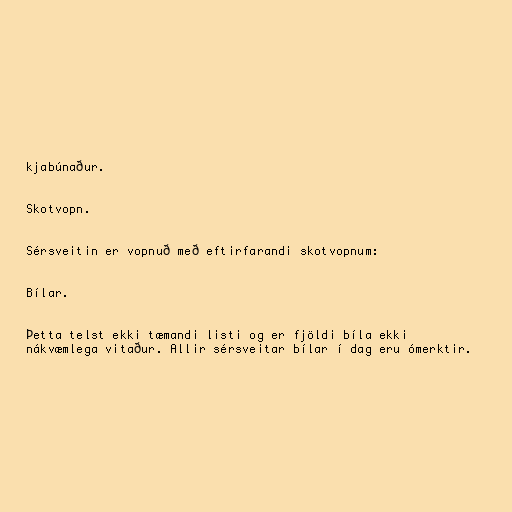
kjabúnaður.

Skotvopn.

Sérsveitin er vopnuð með eftirfarandi skotvopnum:

Bílar.

Þetta telst ekki tæmandi listi og er fjöldi bíla ekki
nákvæmlega vitaður. Allir sérsveitar bílar í dag eru ómerktir.